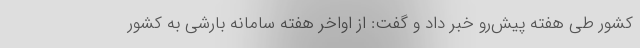
کشور طی هفته پیش‌رو خبر داد و گفت: از اواخر هفته سامانه بارشی به کشور